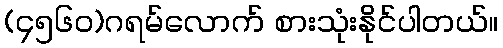
(၄၅၆၀)ဂရမ်လောက် စားသုံးနိုင်ပါတယ်။